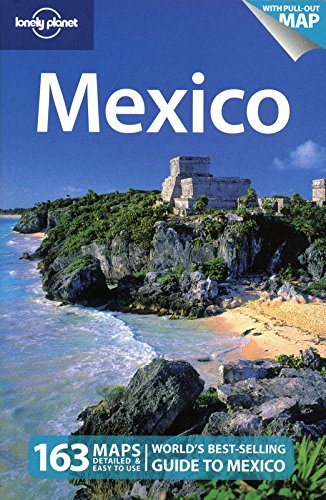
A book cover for Lonely Planet Mexico, 12th Edition; John Noble; Travel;